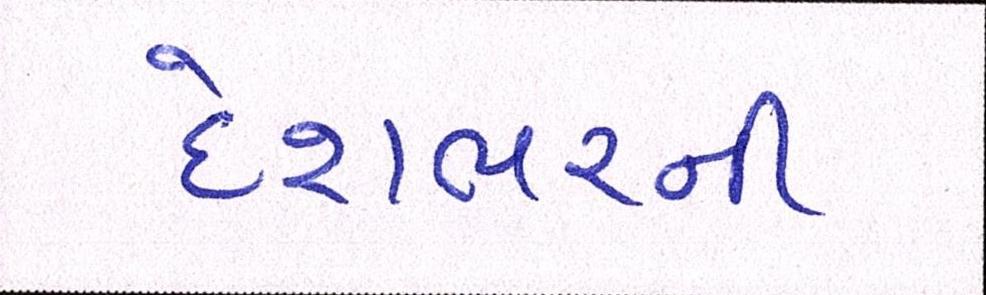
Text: દેશભરની